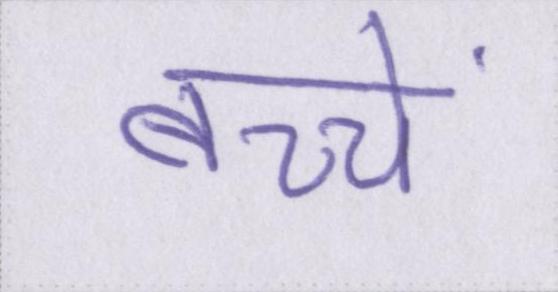
बच्चें